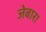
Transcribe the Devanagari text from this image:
जेबारा